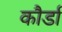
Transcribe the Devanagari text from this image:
कौर्डा